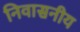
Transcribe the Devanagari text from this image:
निवासनीय